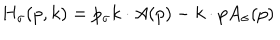
H _ { \sigma } ( p , k ) = p _ { \sigma } k \cdot A ( p ) - k \cdot p A _ { \sigma } ( p )